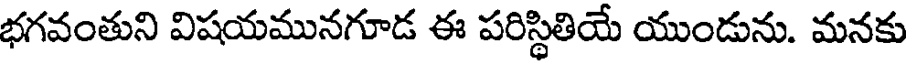
భగవంతుని విషయమునగూడ ఈ పరిస్థితియే యుండును. మనకు